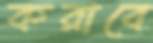
করাবে